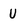
Character: U